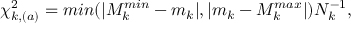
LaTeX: \chi _ { k , ( a ) } ^ { 2 } = m i n ( \vert M _ { k } ^ { m i n } - m _ { k } \vert , \vert m _ { k } - M _ { k } ^ { m a x } \vert ) N _ { k } ^ { - 1 } ,